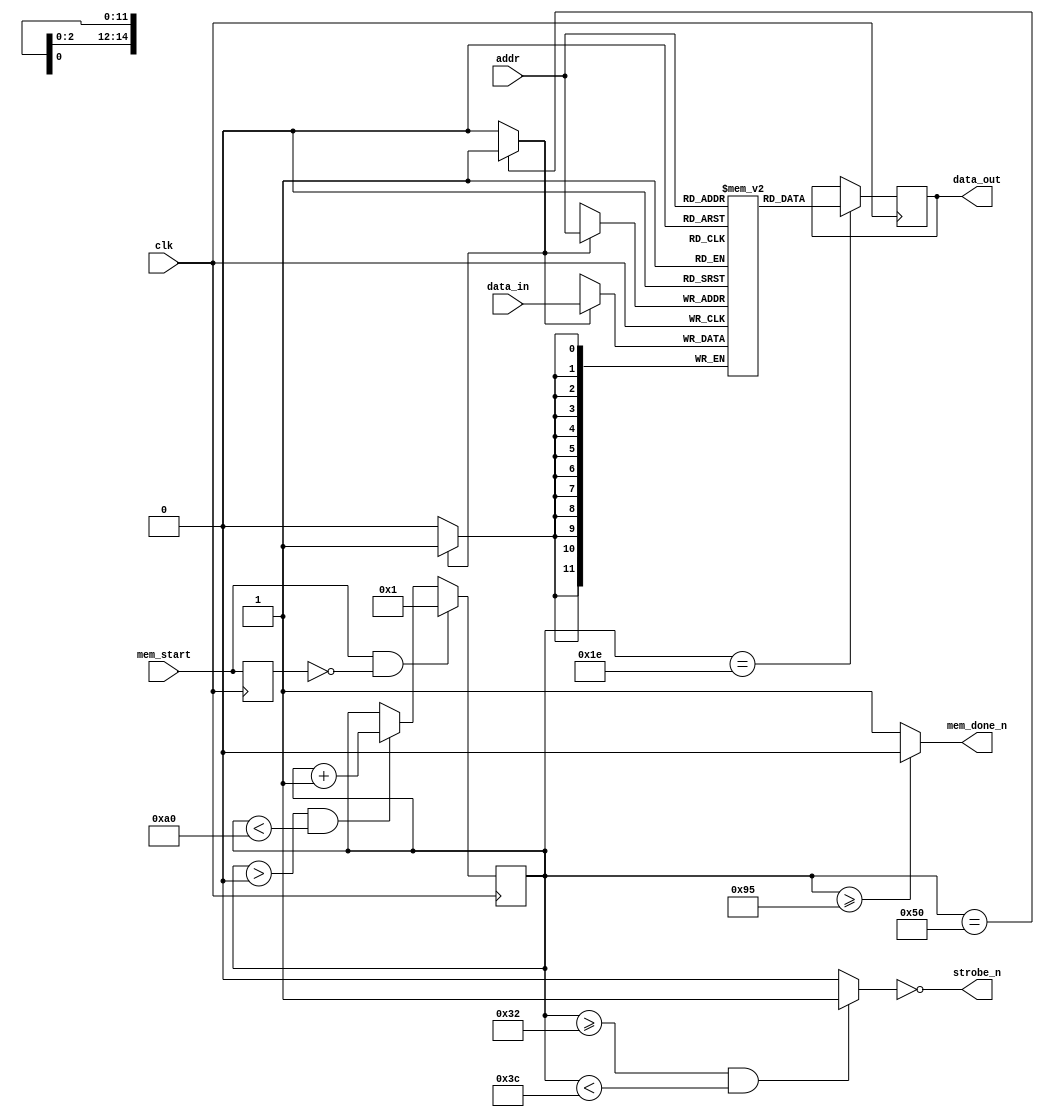
// 32k by 12 memory
// Kyle Owen - 15 February 2021

module mem (
	input clk, // 100 MHz
	input mem_start,
	output mem_done_n,
	output strobe_n,
	input wire [14:0] addr,
	input wire [11:0] data_in,
	output reg [11:0] data_out
    //output [11:0] dt_ca,
    //output [11:0] dt_wc
);

reg [11:0] ram [0:32767] /* verilator public_flat */;
//assign dt_wc = ram[15'o7754];
//assign dt_ca = ram[15'o7755];

reg prev_mem_start;

// timer for 1.5 microseconds
reg [7:0] timer;

wire strobe = ((timer >= 8'd50) && (timer < 8'd60)) ? 1'b1 : 1'b0;
assign strobe_n = !strobe;
//wire write = ((timer >= 8'd80) && (timer < 8'd149)) ? 1'b1 : 1'b0;
wire write = (timer == 8'd80) ? 1'b1 : 1'b0;
assign mem_done_n = (timer >= 8'd149) ? 1'b0 : 1'b1;

always @(posedge clk) begin

	prev_mem_start <= mem_start;
	if (mem_start && !prev_mem_start) begin
		timer <= 1;
	end
	else if ((timer > 0) && (timer < 8'd160)) timer <= timer + 1;

	if (write) ram[addr] <= data_in;
	if (timer == 8'd30) data_out <= ram[addr];
end
endmodule